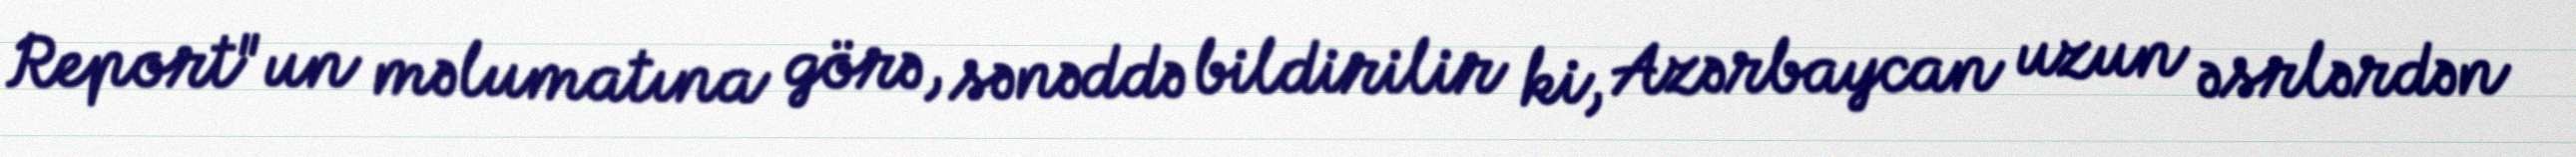
Report"un məlumatına görə, sənəddə bildirilir ki, Azərbaycan uzun əsrlərdən